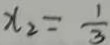
x _ { 2 } = \frac { 1 } { 3 }